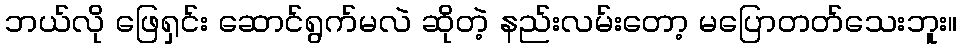
ဘယ်လို ဖြေရှင်း ဆောင်ရွက်မလဲ ဆိုတဲ့ နည်းလမ်းတော့ မပြောတတ်သေးဘူး။